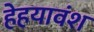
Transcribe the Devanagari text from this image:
हेहयावंश